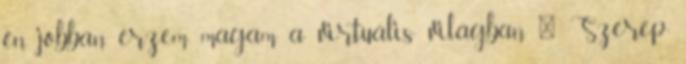
én jobban érzem magam a virtuális világban " Szerep